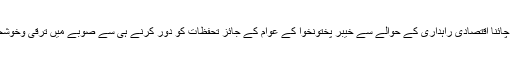
15 نومبر2016ء)خیبر پختونخوا کے سینئر وزیر بلدیات و دیہی ترقی عنایت اللہ نے کہا ہے کہ پاک چائنا اقتصادی راہداری کے حوالے سے خیبر پختونخوا کے عوام کے جائز تحفظات کو دور کرنے ہی سے صوبے میں ترقی وخوشحالی ممکن ہو سکے گی اور اس مقصد کیلئے مخلوط صوبائی حکومت حتیٰ المقدور کوششیں کرے گی۔